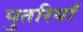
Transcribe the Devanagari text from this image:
पुतरियाँ